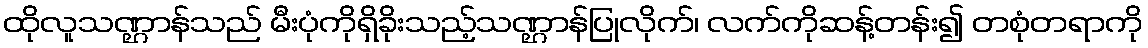
ထိုလူသဏ္ဌာန်သည် မီးပုံကိုရှိခိုးသည့်သဏ္ဌာန်ပြုလိုက်၊ လက်ကိုဆန့်တန်း၍ တစုံတရာကို